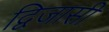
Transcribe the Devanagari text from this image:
द्विजासी